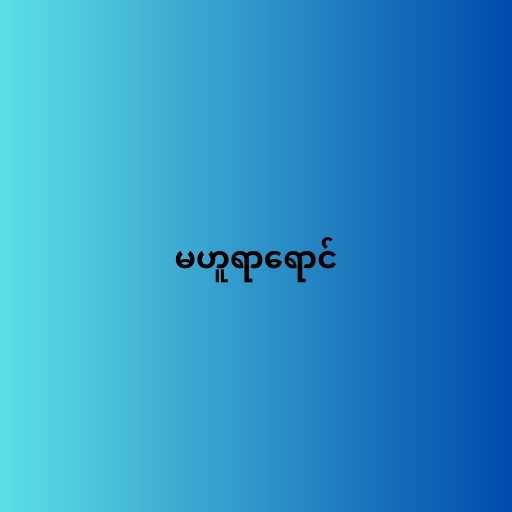
မဟူရာရောင်